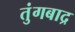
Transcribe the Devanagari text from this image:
तुंगबाद्र